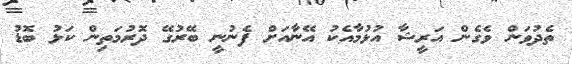
ތެދުވަން ވެގެން އަރީޝާ އުޅުމާއެކު އޭނާއަށް ފެނުނީ ބޭރުގޭ ދޮރުމަތިން ކަޅު ބޮޑު